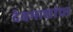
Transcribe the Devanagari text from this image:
देवमाशांचा